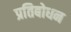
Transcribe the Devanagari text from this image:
प्रतिबोधन